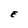
Character: E